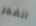
انفجر